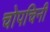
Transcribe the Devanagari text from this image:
चोपचिनी